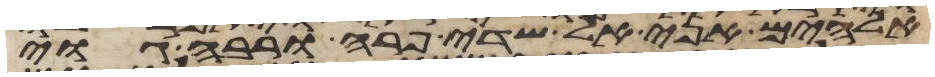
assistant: אלהים אני אל שדי פרה ורבה גוי